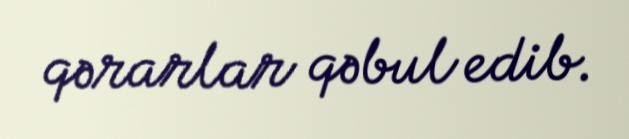
qərarlar qəbul edib.